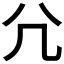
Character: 𡯂